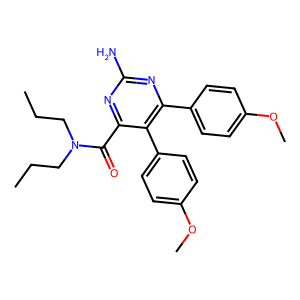
SMILES: CCCN(CCC)C(=O)c1nc(N)nc(-c2ccc(OC)cc2)c1-c1ccc(OC)cc1
Inhibits HIV replication: No